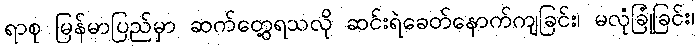
ရာစု မြန်မာပြည်မှာ ဆက်တွေ့ရသလို ဆင်းရဲခေတ်နောက်ကျခြင်း၊ မလုံခြုံခြင်း၊